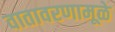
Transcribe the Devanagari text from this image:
वातावरणामूळे